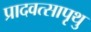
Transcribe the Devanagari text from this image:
प्रादवत्सापृथु